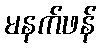
မနက်ဖန်